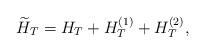
LaTeX: \begin{align*}\widetilde H_{T} = H_T + H_{T}^{(1)} + H_{T}^{(2)},\end{align*}